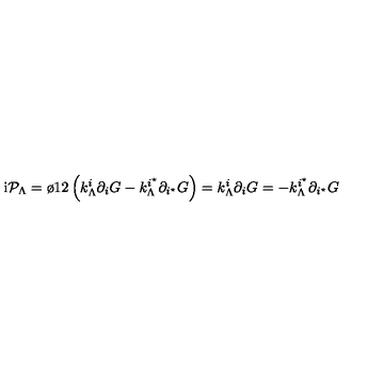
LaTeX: \mathrm { i } { \cal P } _ { \Lambda } = { \o { 1 } { 2 } } \left( k _ { \Lambda } ^ { i } \partial _ { i } G - k _ { \Lambda } ^ { i ^ { \star } } \partial _ { i ^ { \star } } G \right) = k _ { \Lambda } ^ { i } \partial _ { i } G = - k _ { \Lambda } ^ { i ^ { \star } } \partial _ { i ^ { \star } } G